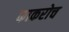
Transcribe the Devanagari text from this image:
काकरोच